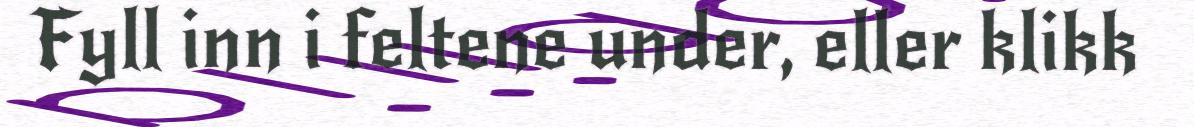
Fyll inn i feltene under, eller klikk